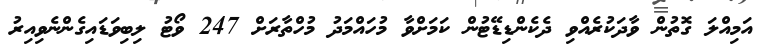
އަމިއްލަ ގޮތުން ވާދަކުރެއްވި ދެކެންޑިޑޭޓުން ކަމަށްވާ މުހައްމަދު މުހްތާރަށް 247 ވޯޓު ލިބިވަޑައިގެންނެވިއިރު